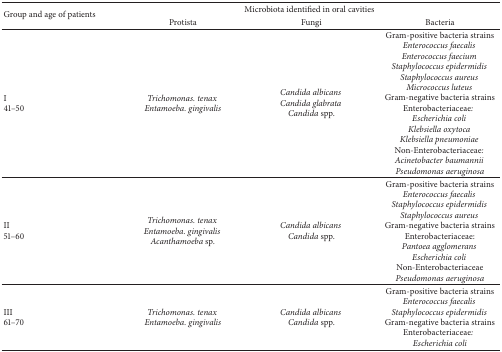
<table><thead><tr><td rowspan="2"><b>Group and age of patients</b></td><td colspan="3"><b>Microbiota identified in oral cavities</b></td></tr><tr><td><b>Protista</b></td><td><b>Fungi</b></td><td><b>Bacteria</b></td></tr></thead><tbody><tr><td>I41–50</td><td><i>Trichomonas. tenax</i> <i>Entamoeba. gingivalis</i></td><td><i>Candida albicans</i> <i>Candida glabrata</i> <i>Candida</i> spp.</td><td>Gram-positive bacteria strains<i>Enterococcus faecalis</i> <i>Enterococcus faecium</i> <i>Staphylococcus epidermidis</i> <i>Staphylococcus aureus</i> <i>Micrococcus luteus</i> Gram-negative bacteria strainsEnterobacteriaceae<i>:</i><i>Escherichia coli</i> <i>Klebsiella oxytoca</i> <i>Klebsiella pneumoniae</i> Non-Enterobacteriaceae<i>:</i> <i>Acinetobacter baumannii</i> <i>Pseudomonas aeruginosa</i></td></tr><tr><td>II51–60</td><td><i>Trichomonas. tenax</i> <i>Entamoeba. gingivalis</i> <i>Acanthamoeba </i>sp.</td><td><i>Candida albicans</i> <i>Candida</i> spp.</td><td>Gram-positive bacteria strains<i>Enterococcus faecalis</i> <i>Staphylococcus epidermidis</i> <i>Staphylococcus aureus</i> Gram-negative bacteria strainsEnterobacteriaceae:<i>Pantoea agglomerans</i> <i>Escherichia coli</i> Non-Enterobacteriaceae<i>Pseudomonas aeruginosa</i></td></tr><tr><td>III61–70</td><td><i>Trichomonas. tenax</i> <i>Entamoeba. gingivalis</i></td><td><i>Candida albicans</i> <i>Candida</i> spp.</td><td>Gram-positive bacteria strains<i>Enterococcus faecalis</i> <i>Staphylococcus epidermidis</i> Gram-negative bacteria strainsEnterobacteriaceae<i>:</i><i>Escherichia coli</i></td></tr></tbody></table>